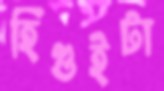
হিগুইটা